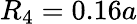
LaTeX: R_{4}=0.16a